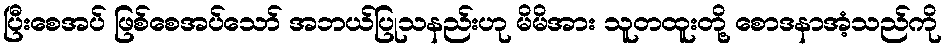
ပြီးစေအပ် ဖြစ်စေအပ်သော် အဘယ်ပြုသနည်းဟု မိမိအား သူတထူးတို့ စောဒနာအံ့သည်ကို